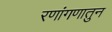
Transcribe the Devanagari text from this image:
रणांगणातुन